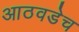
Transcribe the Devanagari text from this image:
आठवडेच